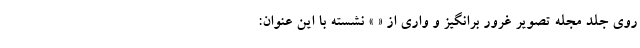
روی جلد مجله تصویر غرور برانگیز و واری از « » نشسته با این عنوان: